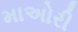
માઅોરી